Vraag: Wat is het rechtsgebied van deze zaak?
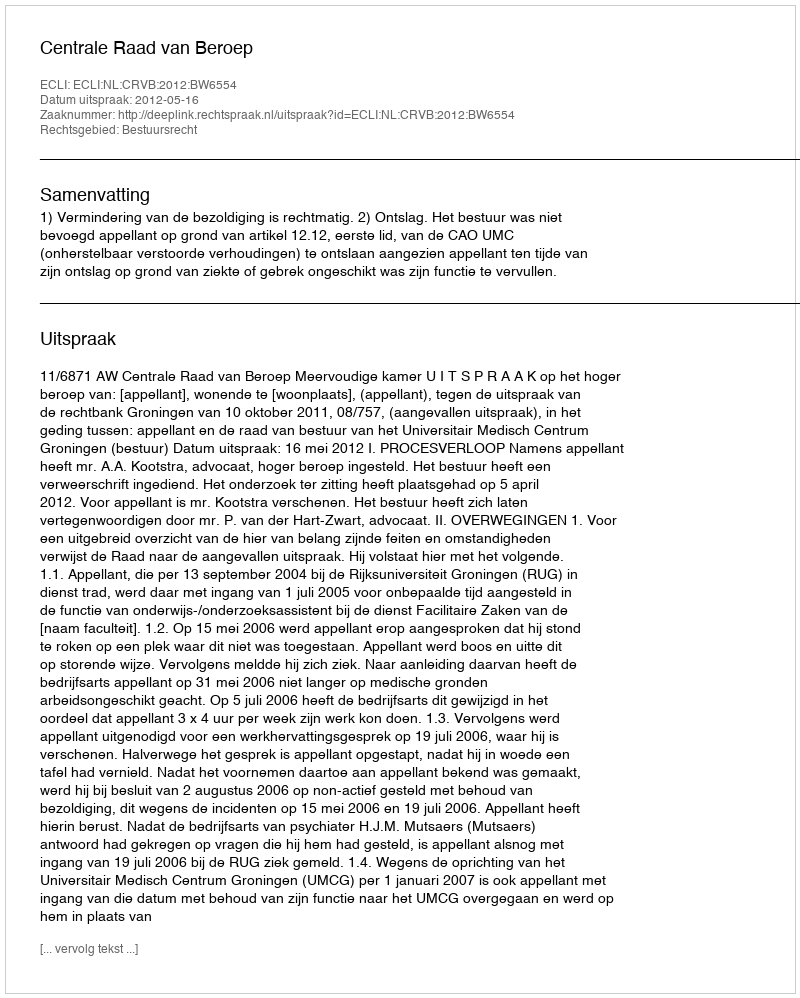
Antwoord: Bestuursrecht